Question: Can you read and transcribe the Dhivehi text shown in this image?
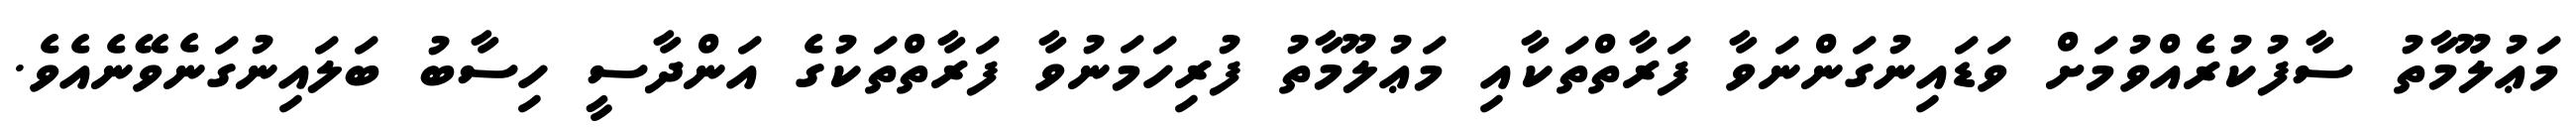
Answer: މަޢުލޫމާތު ސާފުކުރެއްވުމަށް ވަޑައިނުގަންނަވާ ފަރާތްތަކާއި މަޢުލޫމާތު ފުރިހަމަނުވާ ފަރާތްތަކުގެ އަންދާސީ ހިސާބު ބަލައިނުގަނެވޭނެއެވެ.